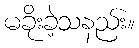
မခိုးခဲ့သနည်း။